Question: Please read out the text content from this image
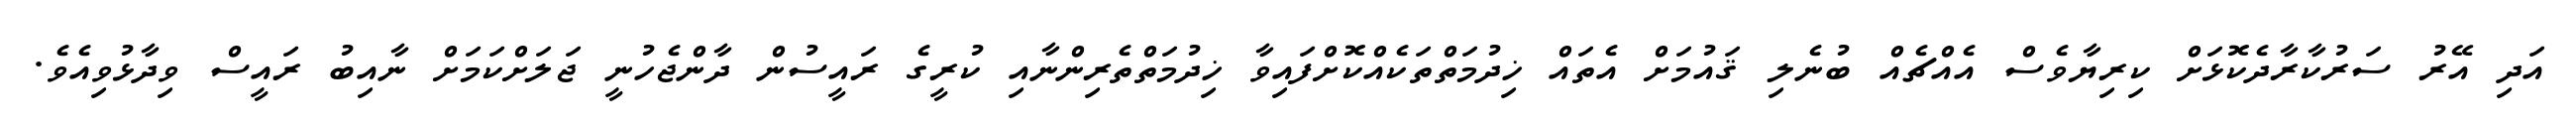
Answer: އަދި އޭރު ސަރުކާރާދެކޮޅަށް ކިރިޔާވެސް އެއްޗެއް ބުނެލި ޤައުމަށް އެތައް ޚިދުމަތްތަކެއްކޮށްފައިވާ ޚިދުމަތްތެރިންނާއި ކުރީގެ ރައީސުން ދާންޖެހުނީ ޖަލަށްކަމަށް ނާއިބު ރައީސް ވިދާޅުވިއެވެ.